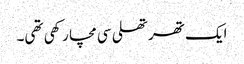
ایک تھرتھلی سی مچا رکھی تھی۔